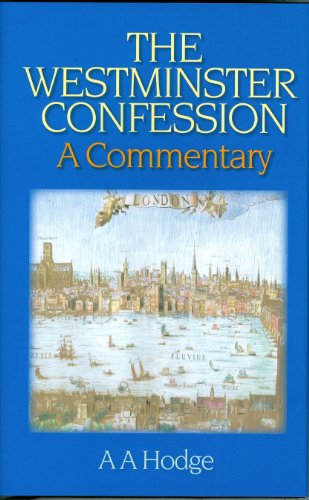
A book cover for Westminster Confession: A Commentary; A. A. Hodge; Christian Books & Bibles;